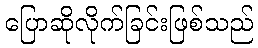
ပြောဆိုလိုက်ခြင်းဖြစ်သည်